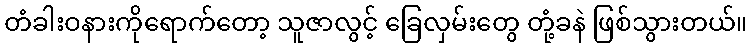
တံခါးဝနားကိုရောက်တော့ သူဇာလွင့် ခြေလှမ်းတွေ တုံ့ခနဲ ဖြစ်သွားတယ်။